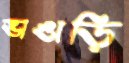
ভাঙাড়ি